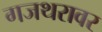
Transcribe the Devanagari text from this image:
गजथरावर